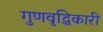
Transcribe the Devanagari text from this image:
गुणवृद्धिकारी